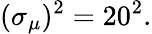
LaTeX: (\sigma_{\mu})^{2}=20^{2}.